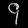
Digit: ၄